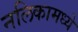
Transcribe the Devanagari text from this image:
नलिकामध्ये